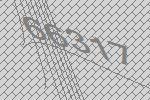
66317